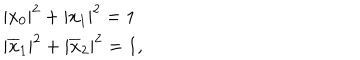
\begin{array} { l c r } { { | x _ { 0 } | ^ { 2 } + | x _ { 1 } | ^ { 2 } = 1 } } \\ { { | \overline { { { x } } } _ { 1 } | ^ { 2 } + | \overline { { { x } } } _ { 2 } | ^ { 2 } = 1 , } } \\ \end{array}